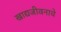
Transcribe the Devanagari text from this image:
खाद्यजीवनाचे